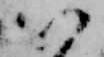
以